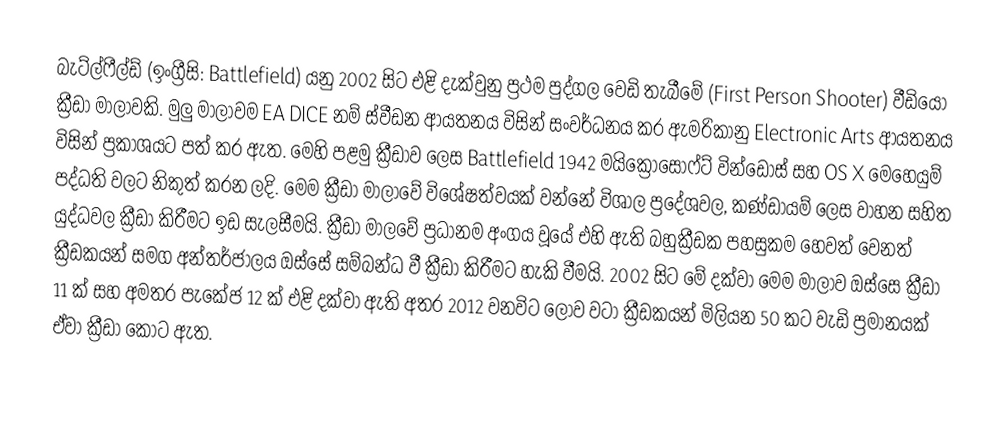
බැට්ල්ෆීල්ඩ් (ඉංග්‍රීසි: Battlefield) යනු 2002 සිට එළි දැක්වුනු ප්‍රථම පුද්ගල වෙඩි තැබීමේ (First Person Shooter) වීඩියෝ ක්‍රීඩා මාලාවකි. මුලු මාලාවම EA DICE නම් ස්වීඩන ආයතනය විසින් සංවර්ධනය කර ඇමරිකානු Electronic Arts ආයතනය විසින් ප්‍රකාශයට පත් කර ඇත. මෙහි පළමු ක්‍රීඩාව ලෙස Battlefield 1942 මයික්‍රොසොෆ්ට් වින්ඩෝස් සහ OS X මෙහෙයුම් පද්ධති වලට නිකුත් කරන ලදි. මෙම ක්‍රීඩා මාලාවේ විශේෂත්වයක් වන්නේ විශාල ප්‍රදේශවල, කණ්ඩායම් ලෙස වාහන සහිත යුද්ධවල ක්‍රීඩා කිරීමට ඉඩ සැලසීමයි. ක්‍රීඩා මාලවේ ප්‍රධානම අංගය වූයේ එහි ඇති බහුක්‍රීඩක පහසුකම හෙවත් වෙනත් ක්‍රීඩකයන් සමග අන්තර්ජාලය ඔස්සේ සම්බන්ධ වී ක්‍රීඩා කිරීමට හැකි වීමයි. 2002 සිට මේ දක්වා මෙම මාලාව ඔස්සෙ ක්‍රීඩා 11 ක් සහ අමතර පැකේජ 12 ක් එළි දක්වා ඇති අතර 2012 වනවිට ලොව වටා ක්‍රීඩකයන් මිලියන 50 කට වැඩි ප්‍රමානයක් ඒවා ක්‍රීඩා කොට ඇත.